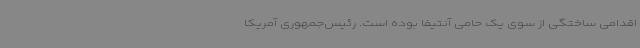
اقدامی ساختگی از سوی یک حامی آنتیفا بوده است. رئیس‌جمهوری آمریکا